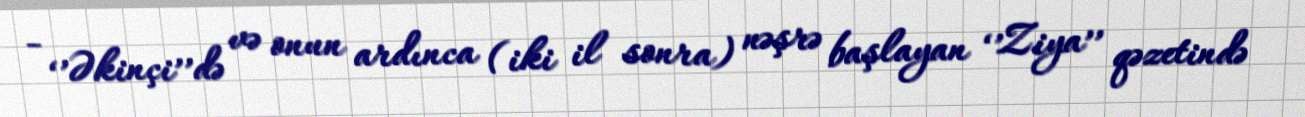
- ‘’Əkinçi’’də və onun ardınca (iki il sonra) nəşrə başlayan ‘’Ziya’’ qəzetində